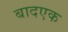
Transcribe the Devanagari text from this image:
बादएक